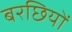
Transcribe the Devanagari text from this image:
बरछियों